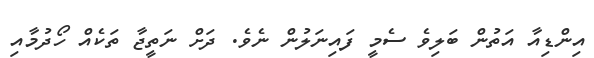
އިންޑިއާ އަތުން ބަލިވެ ސެމީ ފައިނަލުން ނެވެ. ދަށް ނަތީޖާ ތަކެއް ހޯދުމާއި